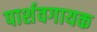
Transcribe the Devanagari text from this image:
पार्शवगायक